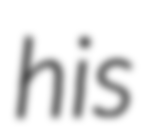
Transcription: his